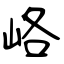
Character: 峈